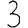
Digit: 3